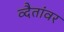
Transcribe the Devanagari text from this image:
व्दैतांवर